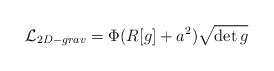
\begin{align*}{\cal L}_{2D-grav}=\Phi(R[g]+a^2) \sqrt { \det g}\end{align*}